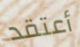
أعتقد